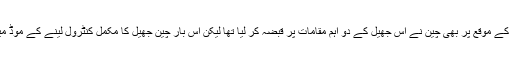
کارگل کے موقع پر بھی چین نے اس جھیل کے دو اہم مقامات پر قبضہ کر لیا تھا لیکن اس بار چین جھیل کا مکمل کنٹرول لینے کے موڈ میں ہے۔